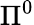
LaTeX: \Pi^{0}